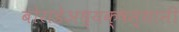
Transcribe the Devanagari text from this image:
बोराडेअध्यक्षस्थानी